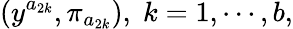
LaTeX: \left(y^{a_{2k}},\pi_{a_{2k}}\right),\; k=1,\cdots,b,